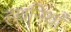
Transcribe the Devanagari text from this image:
हथनियाँ